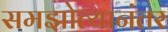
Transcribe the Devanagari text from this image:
समझोत्यानंतर